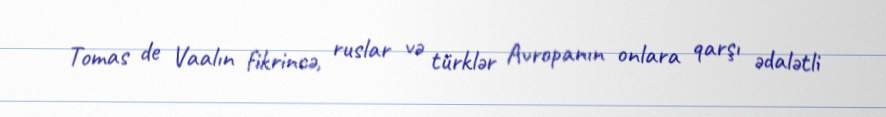
Tomas de Vaalın fikrincə, ruslar və türklər Avropanın onlara qarşı ədalətli